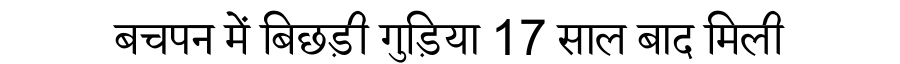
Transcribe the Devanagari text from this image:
बचपन में बिछड़ी गुड़िया 17 साल बाद मिली